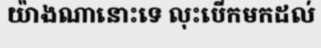
យ៉ាងណានោះទេ លុះបើកមកដល់